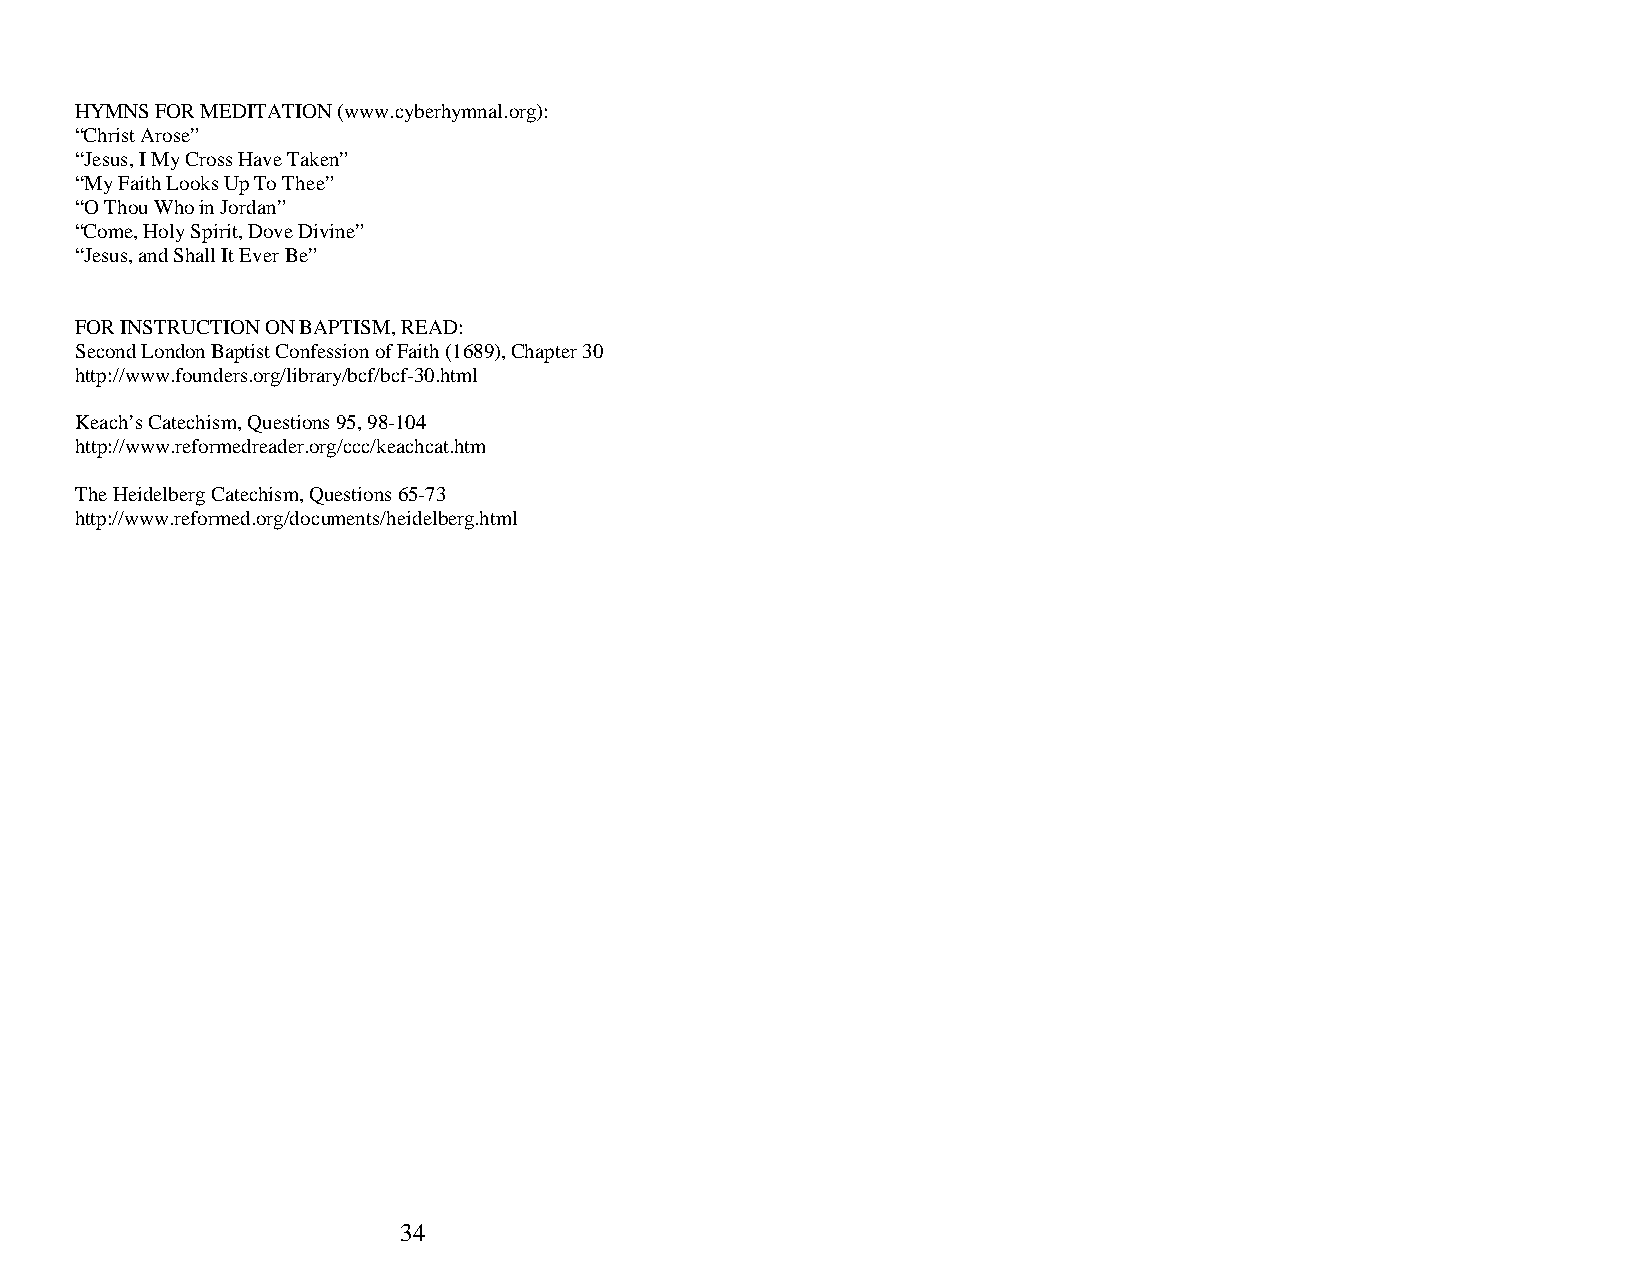
HYMNS FOR MEDITATION (www.cyberhymnal.org):
 “Christ Arose”
 “Jesus, I My Cross Have Taken”
 “My Faith Looks Up To Thee”
 “O Thou Who in Jordan”
 “Come, Holy Spirit, Dove Divine”
 “Jesus, and Shall It Ever Be”
 FOR INSTRUCTION ON BAPTISM, READ:
 Second London Baptist Confession of Faith (1689), Chapter 30
 http://www.founders.org/library/bcf/bcf-30.html
 Keach’s Catechism, Questions 95, 98-104
 http://www.reformedreader.org/ccc/keachcat.htm
 The Heidelberg Catechism, Questions 65-73
 http://www.reformed.org/documents/heidelberg.html
 34